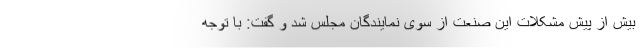
بیش از پیش مشکلات این صنعت از سوی نمایندگان مجلس شد و گفت: با توجه